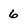
Character: 6